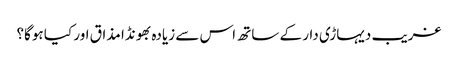
غریب دیہاڑی دار کے ساتھ اس سے زیادہ بھونڈا مذاق اور کیا ہوگا؟